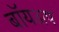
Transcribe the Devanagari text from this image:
बॉयअप